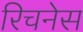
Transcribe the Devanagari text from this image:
रिचनेस